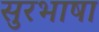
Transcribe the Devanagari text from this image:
सुरभाषा